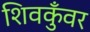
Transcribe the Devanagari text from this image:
शिवकुँवर